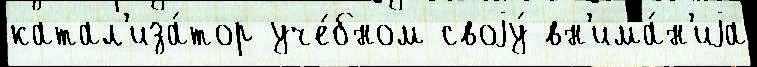
катал'иза́тор уче́бном своjу́ вн'има́н'иjа